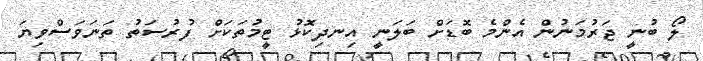
ލޯ ބުނީ ޖަރުމަނުން އެންމެ ބޮޑަށް ބަލަނީ އިނދިކޮޅު ޓީމުތަކަށް ފުރުސަތު ތަނަވަސްވިޔަ